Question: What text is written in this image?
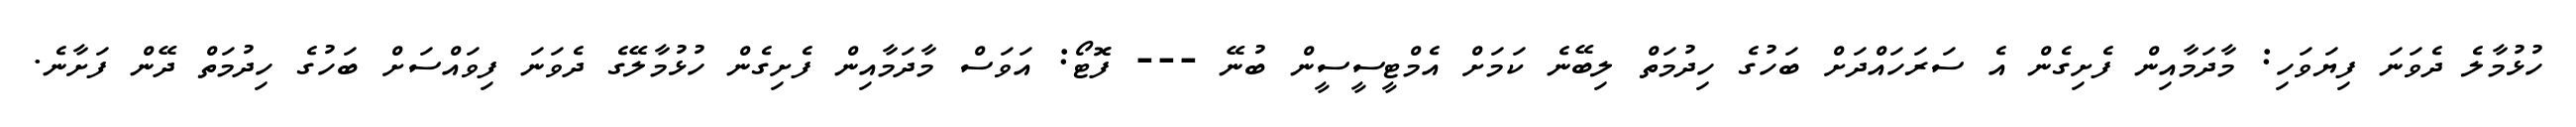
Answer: ހުޅުމާލެ ދެވަނަ ފިޔަވަހި: މާދަމާއިން ފެށިގެން އެ ސަރަހައްދަށް ބަހުގެ ހިދުމަތް ލިބޭނެ ކަމަށް އެމްޓީސީސީން ބުނޭ --- ފޮޓޯ: އަވަސް މާދަމާއިން ފެށިގެން ހުޅުމާލޭގެ ދެވަނަ ފިވައްސަށް ބަހުގެ ހިދުމަތް ދޭން ފަށާނެ.